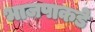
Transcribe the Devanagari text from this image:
भाजपाकडे